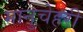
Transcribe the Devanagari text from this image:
मानुचेहरी